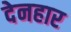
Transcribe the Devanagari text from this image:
देनहार